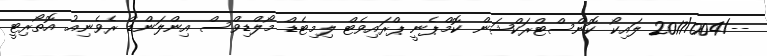
--/2017/004 ލައިކޯ ކޮންސްޓްރަކްޝަން ކޮމްޕެނީ ޕްރައިވެޓް ލިމިޓެޑް މޯލްޑިވްސް އިންލަންޑް ރެވެނިއު އޮތޯރިޓީ